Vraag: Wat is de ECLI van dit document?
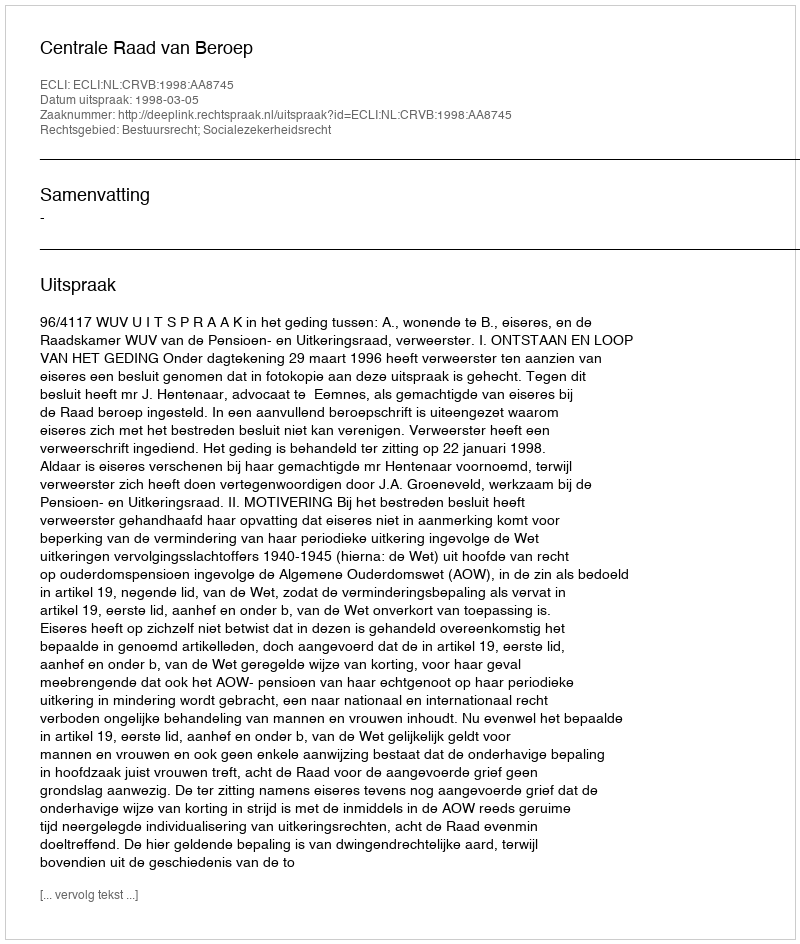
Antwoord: ECLI:NL:CRVB:1998:AA8745